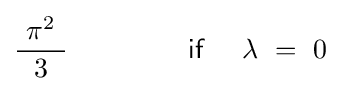
{\frac {\ \pi ^{2}\ }{3}}\qquad \qquad ~{\mathsf {if}}~\quad \lambda \ =\ 0